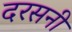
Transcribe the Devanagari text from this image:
दरसनी